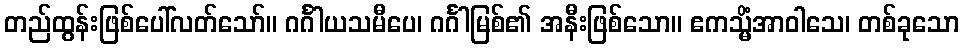
တည်ထွန်းဖြစ်ပေါ်လတ်သော်။ ဂင်္ဂါယသမီပေ၊ ဂင်္ဂါမြစ်၏ အနီးဖြစ်သော။ ဧကသ္မိံအာဝါသေ၊ တစ်ခုသော